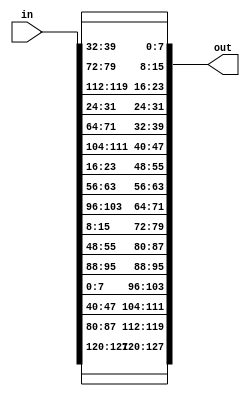
`timescale 1ns / 1ps

module shift_rows(in,out);

input [127:0] in;
output [127:0] out;

//assigning bytes according to shifts in the rows
/* assign         out[127:120] = in[95:88];  
assign         out[119:112] = in[55:48];
assign         out[111:104] = in[15:8];
assign         out[103:96] = in[103:96];
   
assign          out[95:88] = in[63:56];
assign          out[87:80] = in[23:16];
assign          out[79:72] = in[111:104];
assign          out[71:64] = in[71:64];
   
assign          out[63:56] = in[31:24];
assign          out[55:48] = in[119:112];
assign          out[47:40] = in[79:72];
assign          out[39:32] = in[39:32];
   
assign          out[31:24] = in[127:120];
assign          out[23:16] = in[87:80];
assign          out[15:8] = in[47:40];
assign          out[7:0] = in[7:0];  */

   assign out[127:96] = {in[127:120],in[87:80],in[47:40],in[7:0]};
   assign out[95:64]  = {in[95:88], in[55:48], in[15:8], in[103:96]};
   assign out[63:32]  = {in[63:56], in[23:16], in[111:104], in[71:64]};
   assign out[31:0]   = {in[31:24], in[119:112], in[79:72], in[39:32]};

endmodule